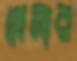
খেসার